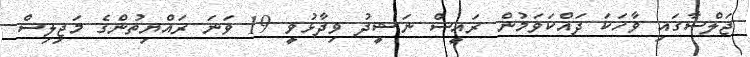
ޖަލްސާގައި ވާހަކަ ދައްކަވަމުން ރައީސް ނަޝީދު ވިދާޅުވީ 19 ވަނަ ރައްޔިތުންގެ މަޖިލިސް